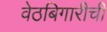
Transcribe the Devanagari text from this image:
वेठबिगारीची